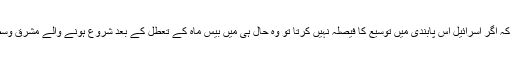
فلسطینی رہنما محمود عباس کہہ چکے ہیں کہ اگر اسرائیل اس پابندی میں توسیع کا فیصلہ نہیں کرتا تو وہ حال ہی میں بیس ماہ کے تعطل کے بعد شروع ہونے والے مشرقِ وسطٰی امن مذاکرات میں شریک نہیں ہوں گے۔